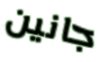
جانين